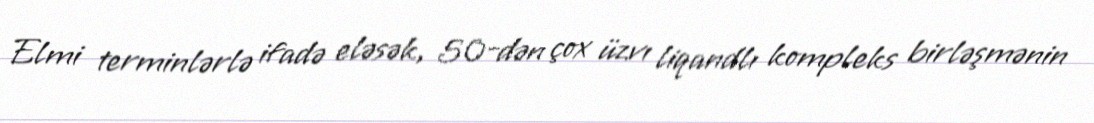
Elmi terminlərlə ifadə eləsək, 50-dən çox üzvı liqandlı kompleks birləşmənin